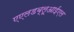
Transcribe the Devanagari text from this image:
एएलडब्लूआईएल